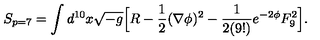
S _ { p = 7 } = \int d ^ { 1 0 } x \sqrt { - g } \Big [ R - { \frac { 1 } { 2 } } ( \nabla \phi ) ^ { 2 } - { \frac { 1 } { 2 ( 9 ! ) } } e ^ { - 2 \phi } F _ { 9 } ^ { 2 } \Big ] .